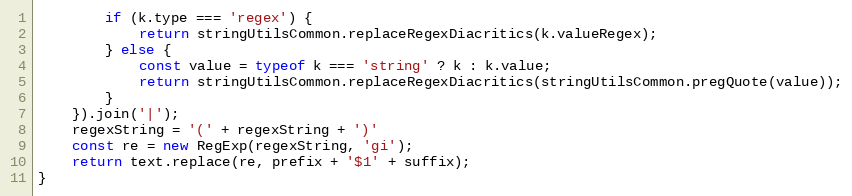
Language: JavaScript
		if (k.type === 'regex') {
			return stringUtilsCommon.replaceRegexDiacritics(k.valueRegex);
		} else {
			const value = typeof k === 'string' ? k : k.value;
			return stringUtilsCommon.replaceRegexDiacritics(stringUtilsCommon.pregQuote(value));
		}
	}).join('|');
	regexString = '(' + regexString + ')'
	const re = new RegExp(regexString, 'gi');
	return text.replace(re, prefix + '$1' + suffix);
}